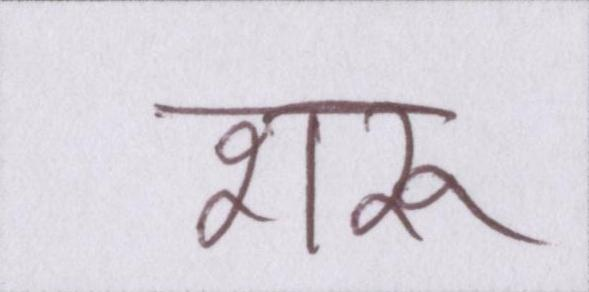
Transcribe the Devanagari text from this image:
शरू